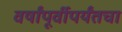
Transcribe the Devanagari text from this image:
वर्षांपूर्वीपर्यंतचा